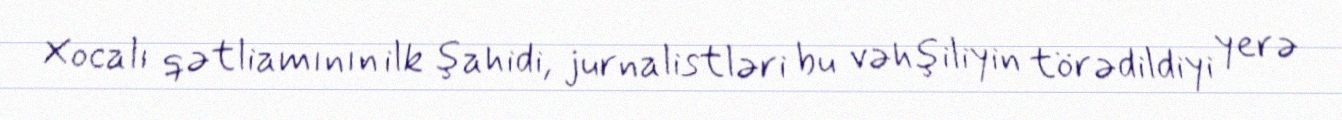
Xocalı qətliamının ilk şahidi, jurnalistləri bu vəhşiliyin törədildiyi yerə